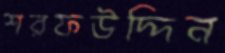
শরফউদ্দিন